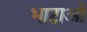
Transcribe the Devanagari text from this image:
भाटाओं